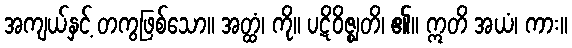
အကျယ်နှင့် တကွဖြစ်သော။ အတ္ထံ၊ ကို။ ပဋိဝိဇ္ဈတိ၊ ၏။ ဣတိ အယံ၊ ကား။